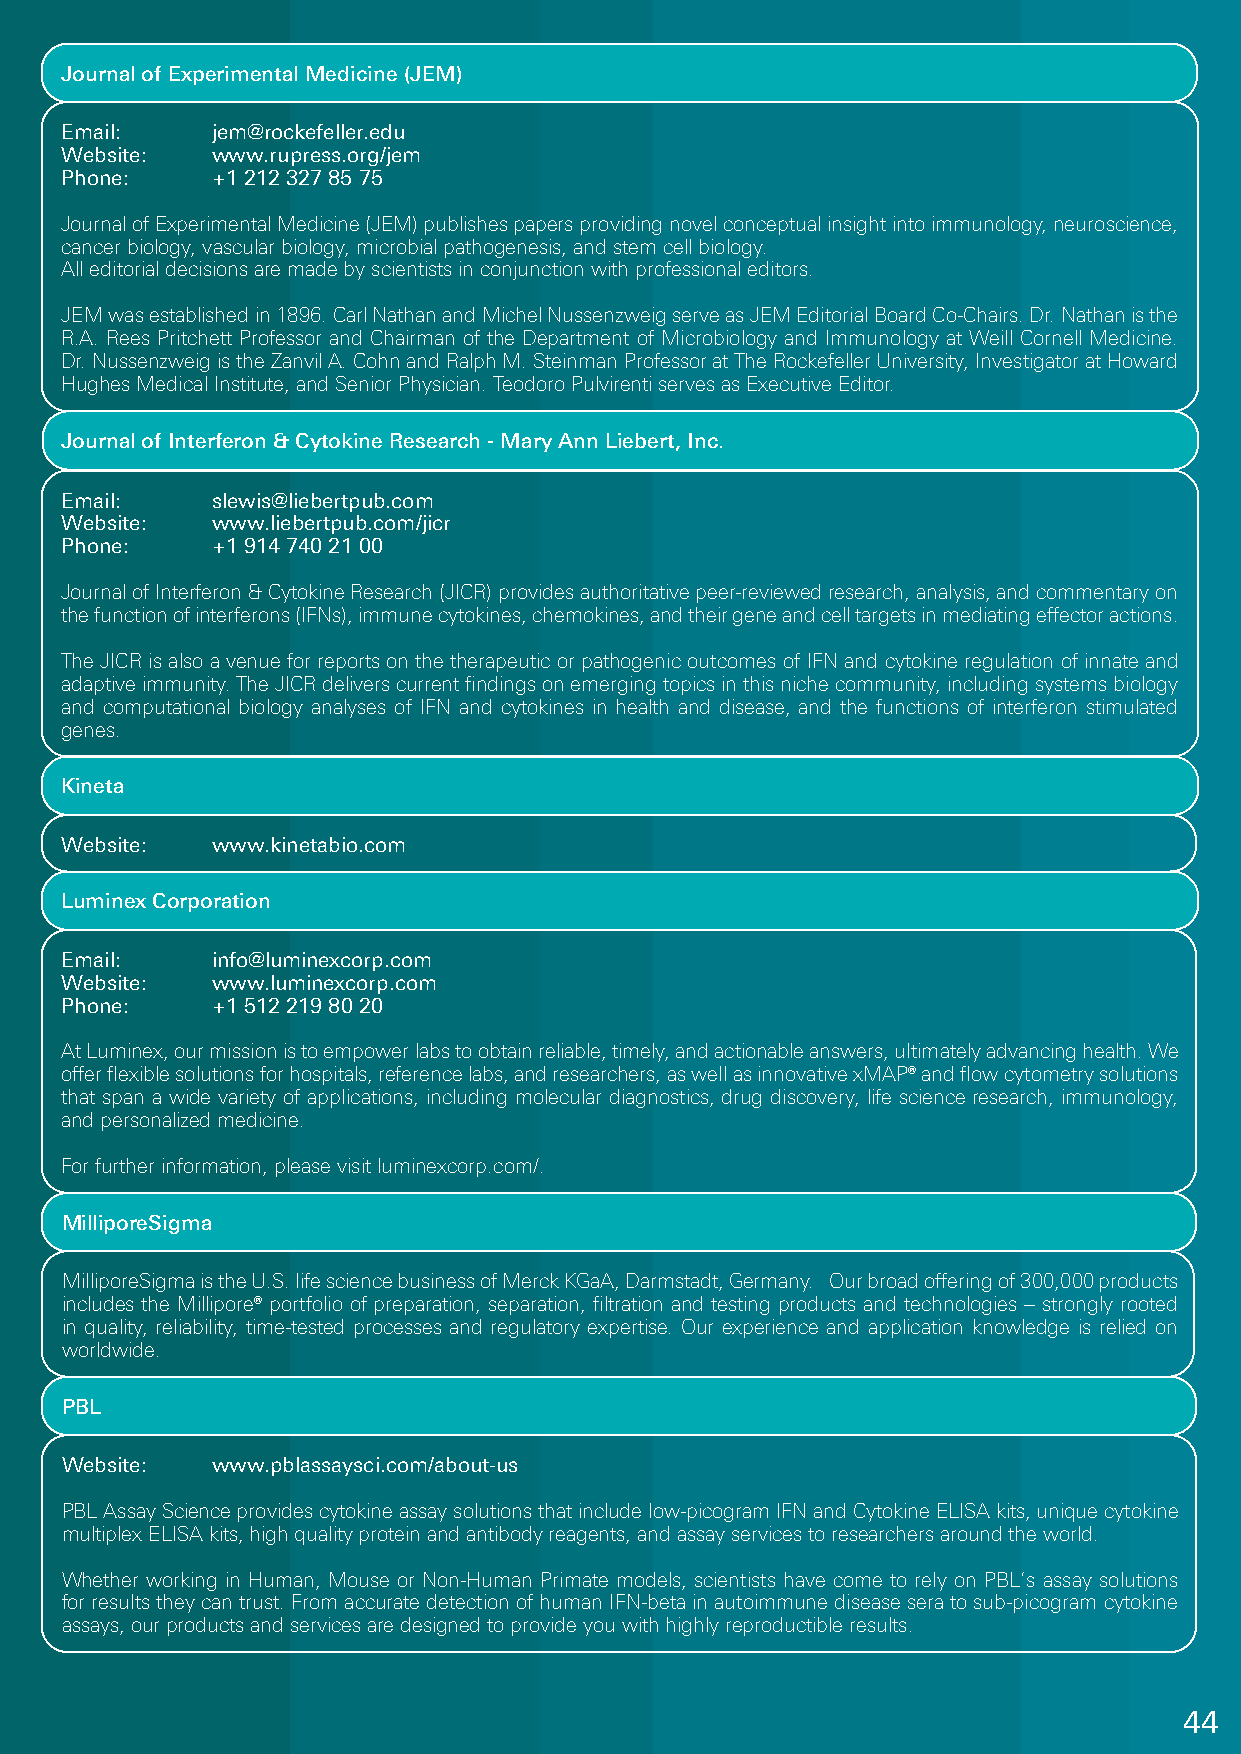
Journal of Experimental Medicine (JEM)
 Email:    jem@rockefeller.edu
 Website:  www.rupress.org/jem
 Phone:    +1 212 327 85 75
 Journal of Experimental Medicine (JEM) publishes papers providing novel conceptual insight into immunology, neuroscience,
 cancer biology, vascular biology, microbial pathogenesis, and stem cell biology.
 All editorial decisions are made by scientists in conjunction with professional editors.
 JEM was established in 1896. Carl Nathan and Michel Nussenzweig serve as JEM Editorial Board Co-Chairs. Dr. Nathan is the
 R.A. Rees Pritchett Professor and Chairman of the Department of Microbiology and Immunology at Weill Cornell Medicine.
 Dr. Nussenzweig is the Zanvil A. Cohn and Ralph M. Steinman Professor at The Rockefeller University, Investigator at Howard
 Hughes Medical Institute, and Senior Physician. Teodoro Pulvirenti serves as Executive Editor.
 Journal of Interferon & Cytokine Research - Mary Ann Liebert, Inc.
 Email:    slewis@liebertpub.com
 Website:  www.liebertpub.com/jicr
 Phone:    +1 914 740 21 00
 Journal of Interferon & Cytokine Research (JICR) provides authoritative peer-reviewed research, analysis, and commentary on
 the function of interferons (IFNs), immune cytokines, chemokines, and their gene and cell targets in mediating effector actions.
 The JICR is also a venue for reports on the therapeutic or pathogenic outcomes of IFN and cytokine regulation of innate and
 adaptive immunity. The JICR delivers current findings on emerging topics in this niche community, including systems biology
 and computational biology analyses of IFN and cytokines in health and disease, and the functions of interferon stimulated
 genes.
 Kineta
 Website:  www.kinetabio.com
 Luminex Corporation
 Email:    info@luminexcorp.com
 Website:  www.luminexcorp.com
 Phone:    +1 512 219 80 20
 At Luminex, our mission is to empower labs to obtain reliable, timely, and actionable answers, ultimately advancing health. We
 offer flexible solutions for hospitals, reference labs, and researchers, as well as innovative xMAP® and flow cytometry solutions
 that span a wide variety of applications, including molecular diagnostics, drug discovery, life science research, immunology,
 and personalized medicine.
 For further information, please visit luminexcorp.com/.
 MilliporeSigma
 MilliporeSigma is the U.S. life science business of Merck KGaA, Darmstadt, Germany. Our broad offering of 300,000 products
 includes the Millipore® portfolio of preparation, separation, filtration and testing products and technologies – strongly rooted
 in quality, reliability, time-tested processes and regulatory expertise. Our experience and application knowledge is relied on
 worldwide.
 PBL
 Website:  www.pblassaysci.com/about-us
 PBL Assay Science provides cytokine assay solutions that include low-picogram IFN and Cytokine ELISA kits, unique cytokine
 multiplex ELISA kits, high quality protein and antibody reagents, and assay services to researchers around the world.
 Whether working in Human, Mouse or Non-Human Primate models, scientists have come to rely on PBL’s assay solutions
 for results they can trust. From accurate detection of human IFN-beta in autoimmune disease sera to sub-picogram cytokine
 assays, our products and services are designed to provide you with highly reproductible results.
 44